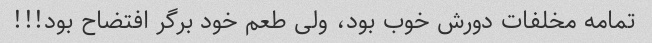
تمامه مخلفات دورش خوب بود، ولی طعم خود برگر افتضاح بود!!!